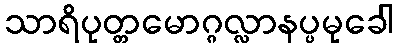
သာရိပုတ္တမောဂ္ဂလ္လာနပ္ပမုခေါ